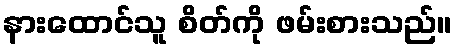
နားထောင်သူ စိတ်ကို ဖမ်းစားသည်။